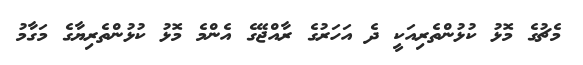
މެޗުގެ މޮޅު ކުޅުންތެރިއަކީ ދެ އަހަރުގެ ރާއްޖޭގެ އެންމެ މޮޅު ކުޅުންތެރިޔާގެ މަގާމު